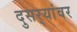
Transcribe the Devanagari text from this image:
दुसर्‍यांवर